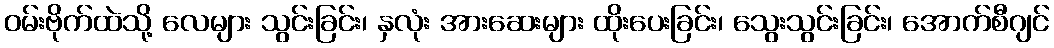
ဝမ်းဗိုက်ထဲသို့ လေများ သွင်းခြင်း၊ နှလုံး အားဆေးများ ထိုးပေးခြင်း၊ သွေးသွင်းခြင်း၊ အောက်စီဂျင်